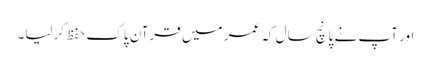
اور آپ نے پانچ سال کہ عمر میں قرآن پاک حفظ کرلیا۔